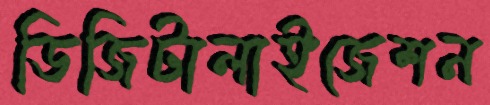
ডিজিটালাইজেশন